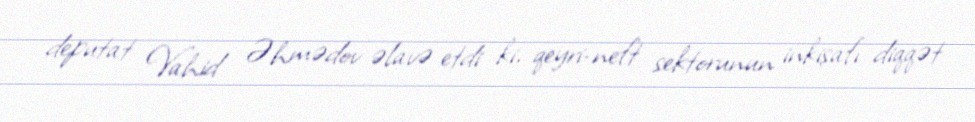
deputat Vahid Əhmədov əlavə etdi ki, qeyri-neft sektorunun inkişafı diqqət